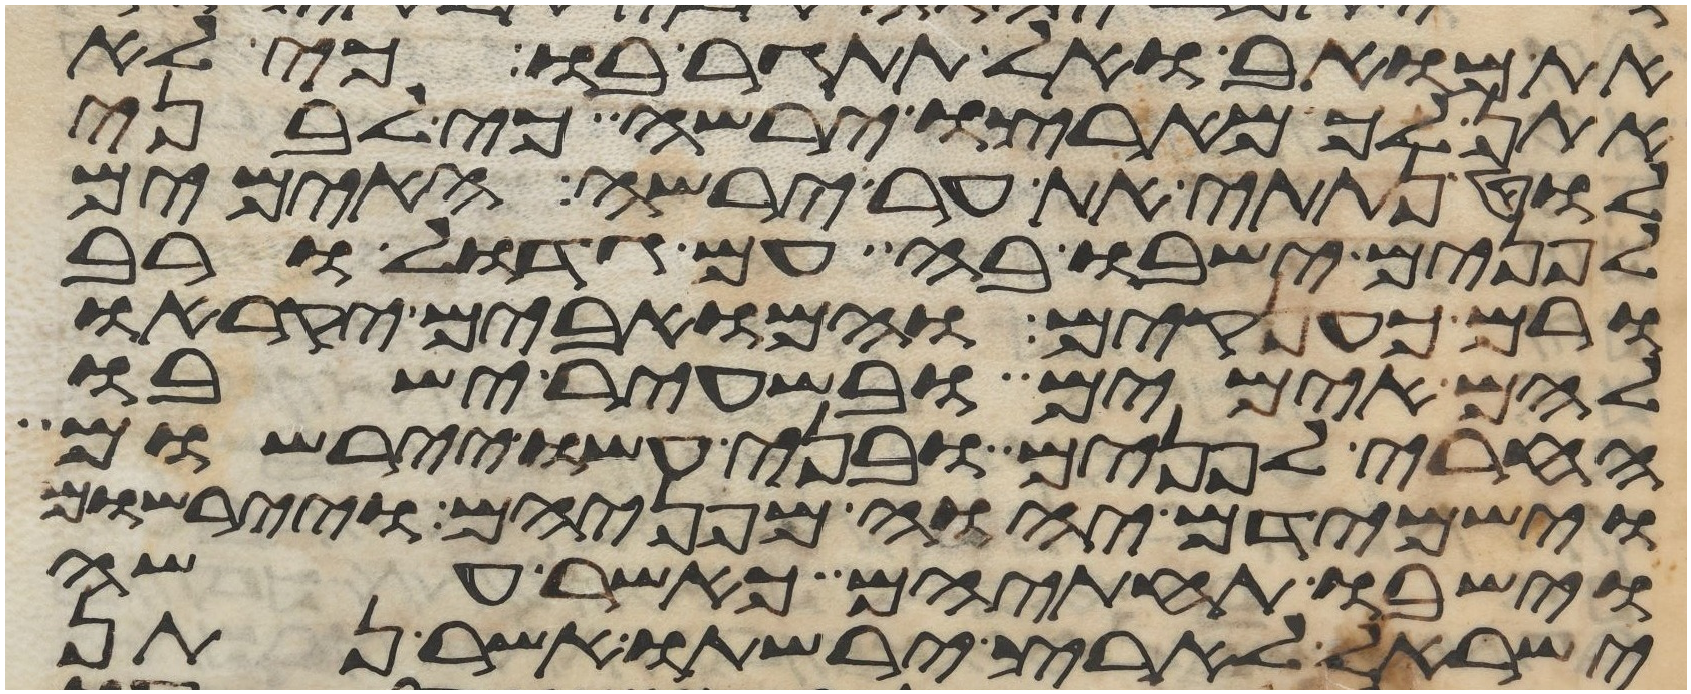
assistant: את מואב ואל תתגר בו כי לא
אתן לך מארצו ירשה כי לבני
לוט נתתי את ער ירשה האימים
לפנים ישבו בה עם גדול ורב
ורם כענקים והמואבים יקראו
להם אימים ובשעיר ישבו
החרי לפנים ובני עשו יירשום
וישמדם יהוה מפניהם ויירשום
וישבו תחתיהם כאשר עשה
ישראל לארץ ירשתו אשר נתן